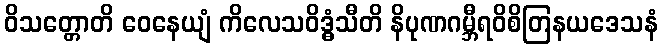
ဝိသတ္တောတိ ဝေနေယျံ ကိလေသဝိဒ္ဓံသီတိ နိပုဏဂမ္ဘီရဝိစိတြနယဒေသနံ